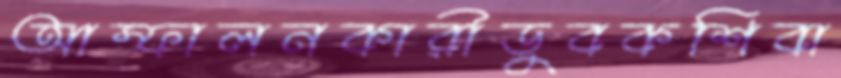
আস্ফালনকারীডুবকশিবা